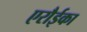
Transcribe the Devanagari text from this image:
एरौईका